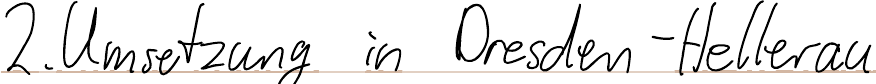
2. Umsetzung in Dresden-Hellerau